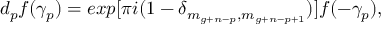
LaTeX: d _ { p } f ( \gamma _ { p } ) = e x p [ \pi i ( 1 - \delta _ { m _ { g + n - p } , m _ { g + n - p + 1 } } ) ] f ( - \gamma _ { p } ) ,